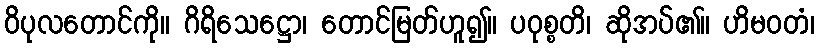
ဝိပုလတောင်ကို။ ဂိရိသေဋ္ဌော၊ တောင်မြတ်ဟူ၍။ ပဝုစ္စတိ၊ ဆိုအပ်၏။ ဟိမဝတံ၊